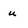
Character: u